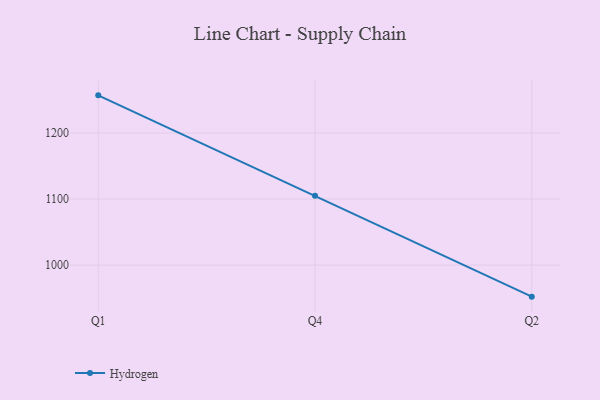
{"axis": {"x": "Quarter", "y": "Satisfaction Score"}, "legend": ["Hydrogen"], "data": [{"x": "Q1", "y": 1257.0, "type": "Hydrogen"}, {"x": "Q4", "y": 1105.0, "type": "Hydrogen"}, {"x": "Q2", "y": 952.3, "type": "Hydrogen"}]}